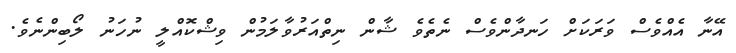
އޭނާ އެއްވެސް ވަރަކަށް ހަނދާންވެސް ނެތެވެ ޝާން ނިތްއަރުވާލަމުން ވިޝްކޮއްލީ ނުހަނު ލޯބިންނެވެ.